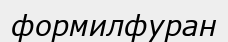
формилфуран